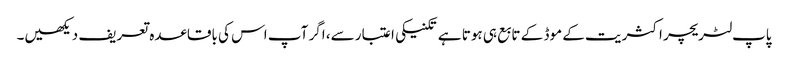
پاپ لٹریچر اکثریت کے موڈ کے تابع ہی ہوتا ہے تکنیکی اعتبار سے، اگر آپ اس کی باقاعدہ تعریف دیکھیں۔